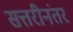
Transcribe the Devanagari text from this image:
सत्तरीनंतर